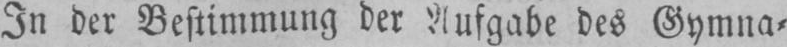
In der Bestimmung der Aufgabe des Gymna⸗